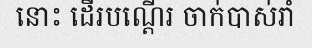
នោះ ដើរបណ្តើរ ចាក់បាស់រាំ